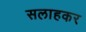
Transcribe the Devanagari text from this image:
सलाहकर